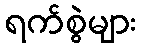
ရက်စွဲများ